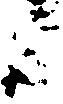
候